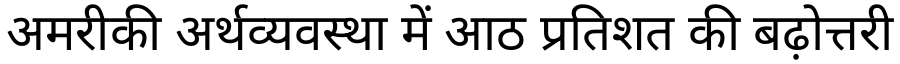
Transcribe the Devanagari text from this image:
अमरीकी अर्थव्यवस्था में आठ प्रतिशत की बढ़ोत्तरी